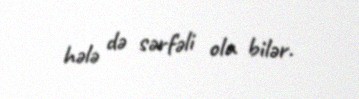
hələ də sərfəli ola bilər.